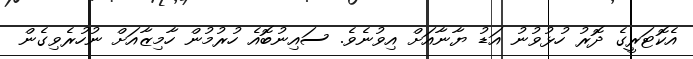
އެކޮޓަރީގެ ދޮރު ހުޅުވުނު އަޑު ޔާނާއަށް އިވުނެވެ. ސައިނުބޮއެ ހުރުމުން ހާމިޒާއަށް ނުހުރެވިގެން